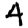
Digit: 4